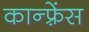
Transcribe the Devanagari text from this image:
कान्‍फ़्रेंस